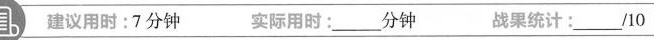
自建议用时:7分钟 实际用时:___分钟战果统计:___/10